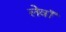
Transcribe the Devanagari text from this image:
लेवॉ